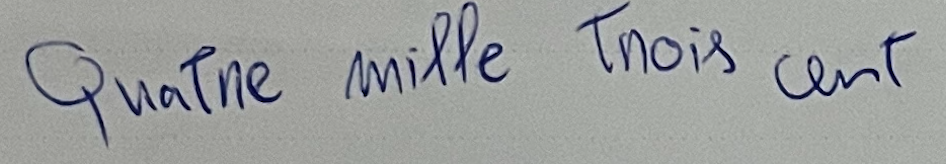
Quatre mille trois cent